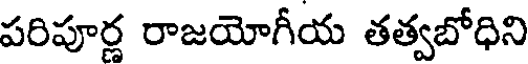
పరిపూర్ణ రాజయోగీయ తత్వబోధిని